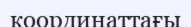
координаттағы